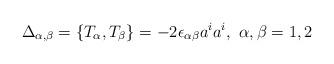
LaTeX: \begin{align*}\Delta_{\alpha, \beta} = \{T_\alpha,T_\beta\} = -2 \epsilon_{\alpha \beta}a^ia^i, \,\, \alpha,\beta = 1,2\end{align*}